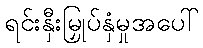
ရင်းနှီးမြှုပ်နှံမှုအပေါ်